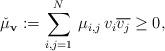
LaTeX: \begin{align*}\check \mu_{\mathbf{v}}:=\sum_{i,j=1}^N\,\mu_{i,j}\,v_i\overline{v_j} \ge 0,\end{align*}